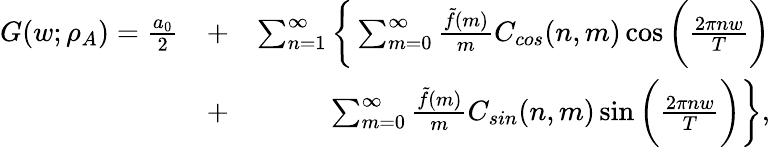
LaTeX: \begin{array}{rlr}{G(w;\rho_{A})=\frac{a_{0}}{2}}&{+}&{\sum_{n=1}^{\infty}\bigg\{ \sum_{m=0}^{\infty}\frac{\tilde{f}(m)}{m}C_{cos}(n,m)\cos{\bigg(\frac{2\pi nw}{T}\bigg)}}\\ &{+}&{\sum_{m=0}^{\infty}\frac{\tilde{f}(m)}{m}C_{sin}(n,m)\sin{\bigg(\frac{2\pi nw}{T}\bigg)}\bigg\} ,}\end{array}